Civil Veterinary Department Bihar & Orissa reports 1929-36 - 1929-1936
Year: 1929
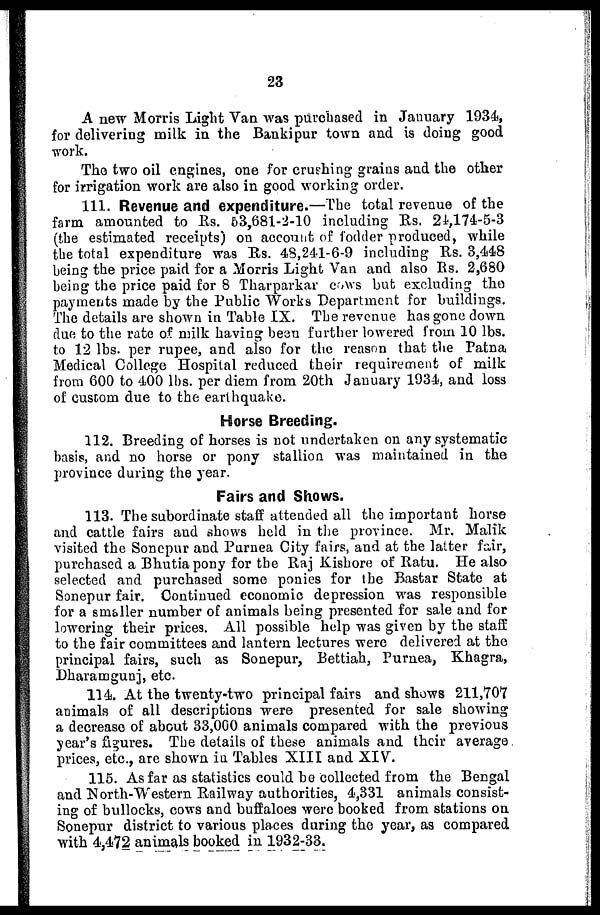
23
A new Morris Light Van was purchased in January 1934,
for delivering milk in the Bankipur town and is doing good
work.
The two oil engines, one for crushing grains and the other
for irrigation work are also in good working order.
111. Revenue and expenditure.—The total revenue of the
farm amounted to Rs. 53,681-2-10 including Rs. 24,174-5-3
(the estimated receipts) on account of fodder produced, while
the total expenditure was Rs. 48,241-6-9 including Rs. 3,448
being the price paid for a Morris Light Van and also Rs. 2,680
being the price paid for 8 Tharparkar cows but excluding the
payments made by the Public Works Department for buildings.
The details are shown in Table IX. The revenue has gone down
due to the rate of milk having been further lowered from 10 lbs.
to 12 lbs. per rupee, and also for the reason that the Patna
Medical College Hospital reduced their requirement of milk
from 600 to 400 lbs. per diem from 20th January 1934, and loss
of custom due to the earthquake.
Horse Breeding.
112. Breeding of horses is not undertaken on any systematic
basis, and no horse or pony stallion was maintained in the
province during the year.
Fairs and Shows.
113. The subordinate staff attended ail the important horse
and cattle fairs and shows held in the province. Mr. Malik
visited the Sonepur and Purnea City fairs, and at the latter fair,
purchased a Bhutia pony for the Raj Kishore of Ratu. He also
selected and purchased some ponies for the Bastar State at
Sonepur fair. Continued economic depression was responsible
for a smaller number of animals being presented for sale and for
lowering their prices. All possible help was given by the staff
to the fair committees and lantern lectures were delivered at the
principal fairs, such as Sonepur, Bettiah, Purnea, Khagra,
Dharamgunj, etc.
114. At the twenty-two principal fairs and shows 211,701
animals of all descriptions were presented for sale showing
a decrease of about 33,000 animals compared with the previous
year's figures. The details of these animals and their average
prices, etc., are shown in Tables XIII and XIV.
115. As far as statistics could be collected from the Bengal
and North-Western Railway authorities, 4,331 animals consist-
ing of bullocks, cows and buffaloes were booked from stations on
Sonepur district to various places during the year, as compared
with 4,472 animals booked in 1932-33.